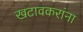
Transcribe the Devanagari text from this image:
खटावकरांना